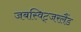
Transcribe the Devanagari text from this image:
जबस्विट्जरलैंड